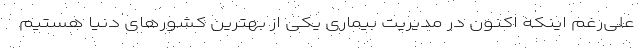
علی‌رغم اینکه اکنون در مدیریت بیماری یکی از بهترین کشورهای دنیا هستیم